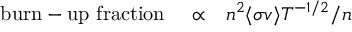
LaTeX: \begin{array} { l l l } { { \mathrm { b u r n - u p ~ f r a c t i o n ~ } } } & { \propto } & { n ^ { 2 } \langle \sigma v \rangle T ^ { - 1 / 2 } / n } \end{array}